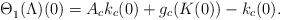
LaTeX: \begin{align*}\Theta^{}_1 (\Lambda)(0) &=A_c k_c(0) +g_c(K{}{}(0)) -k_c(0).\end{align*}